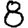
Digit: 8